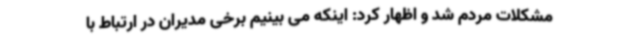
مشکلات مردم شد و اظهار کرد: اینکه می بینیم برخی مدیران در ارتباط با